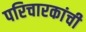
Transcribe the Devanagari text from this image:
परिचारकांची